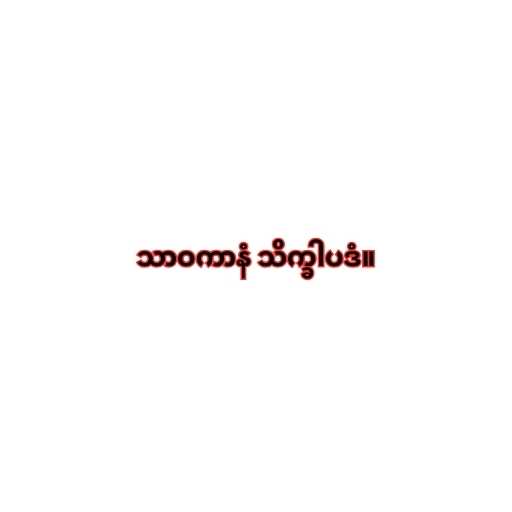
သာဝကာနံ သိက္ခါပဒံ။